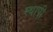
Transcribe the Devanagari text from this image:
स्थापी